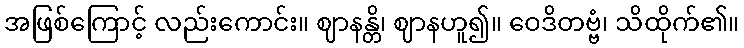
အဖြစ်ကြောင့် လည်းကောင်း။ ဈာနန္တိ၊ ဈာနဟူ၍။ ဝေဒိတဗ္ဗံ၊ သိထိုက်၏။